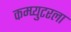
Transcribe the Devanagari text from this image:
कम्प्युटरला